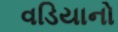
વડિયાનો